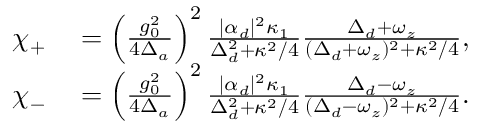
\begin{array} { r l } { \chi _ { + } } & { { } = \left( \frac { g _ { 0 } ^ { 2 } } { 4 \Delta _ { a } } \right) ^ { 2 } \frac { | \alpha _ { d } | ^ { 2 } \kappa _ { 1 } } { \Delta _ { d } ^ { 2 } + \kappa ^ { 2 } / 4 } \frac { \Delta _ { d } + \omega _ { z } } { ( \Delta _ { d } + \omega _ { z } ) ^ { 2 } + \kappa ^ { 2 } / 4 } , } \\ { \chi _ { - } } & { { } = \left( \frac { g _ { 0 } ^ { 2 } } { 4 \Delta _ { a } } \right) ^ { 2 } \frac { | \alpha _ { d } | ^ { 2 } \kappa _ { 1 } } { \Delta _ { d } ^ { 2 } + \kappa ^ { 2 } / 4 } \frac { \Delta _ { d } - \omega _ { z } } { ( \Delta _ { d } - \omega _ { z } ) ^ { 2 } + \kappa ^ { 2 } / 4 } . } \end{array}